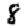
Digit: 8